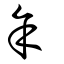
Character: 余